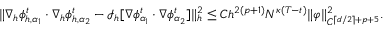
\begin{array} { r l } & { \| \nabla _ { h } \phi _ { h , \alpha _ { 1 } } ^ { t } \cdot \nabla _ { h } \phi _ { h , \alpha _ { 2 } } ^ { t } - \mathcal { I } _ { h } [ \nabla \phi _ { \alpha _ { 1 } } ^ { t } \cdot \nabla \phi _ { \alpha _ { 2 } } ^ { t } ] \| _ { h } ^ { 2 } \leq C h ^ { 2 ( p + 1 ) } N ^ { \kappa ( T - t ) } \| \varphi \| _ { C ^ { \lceil d / 2 \rceil + p + 5 } } ^ { 2 } . } \end{array}